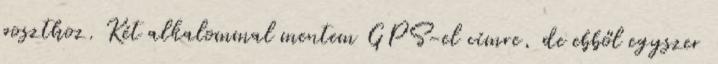
poszthoz. Két alkalommal mentem GPS-el címre, de ebből egyszer